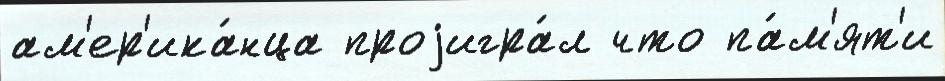
ам'ер'ика́нца проjигра́л что па́м'ят'и